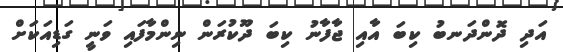
އަދި ދޮންދަނބު ކިބަ އާއި ޖާފާނު ކިބަ ދޫކުރަން ނިންމާފައި ވަނީ ގަޑިއަކަށް